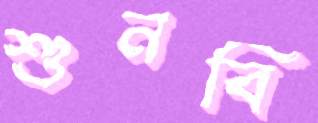
শুনবি